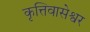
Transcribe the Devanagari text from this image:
कृत्तिवासेश्वर